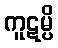
ကူဋမ္ပိ